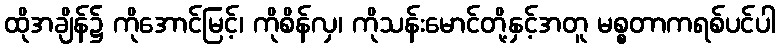
ထိုအချိန်၌ ကိုအောင်မြင့်၊ ကိုစိန်လှ၊ ကိုသန်းမောင်တို့နှင့်အတူ မစ္စတာကရစ်ပင်ပါ